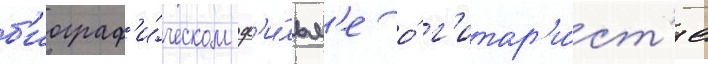
б'иограф'и́ческом ф'и́льм'е о́ г'итар'и́ст'е